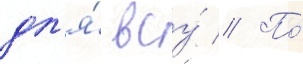
дл'я́ всу́ // По́